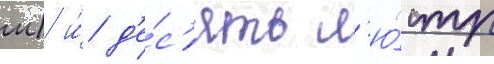
м) и́ д'е́с'ять л'ю́стр